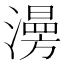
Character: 澷